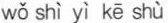
wǒ shì yì kē shù